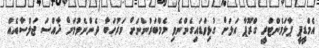
އެމްޑީޕީ ޕާލަމެންޓްރީ ގްރޫޕާ އަލަށް ގުޅިވަޑައިގެންނެވި މެމްބަރުންނަށް މަރުހަބާ ދެންނެވުމަށް ޚާއްސަ ޖަލްސާއެއް